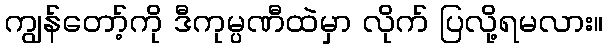
ကျွန်တော့်ကို ဒီကုမ္ပဏီထဲမှာ လိုက် ပြလို့ရမလား။